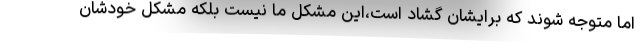
اما متوجه شوند که برایشان گشاد است،این مشکل ما نیست بلکه مشکل خودشان